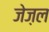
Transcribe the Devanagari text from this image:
जेज़ल